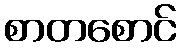
စာတစောင်